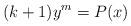
LaTeX: \begin{align*}(k+1)y^{m}=P(x)\end{align*}